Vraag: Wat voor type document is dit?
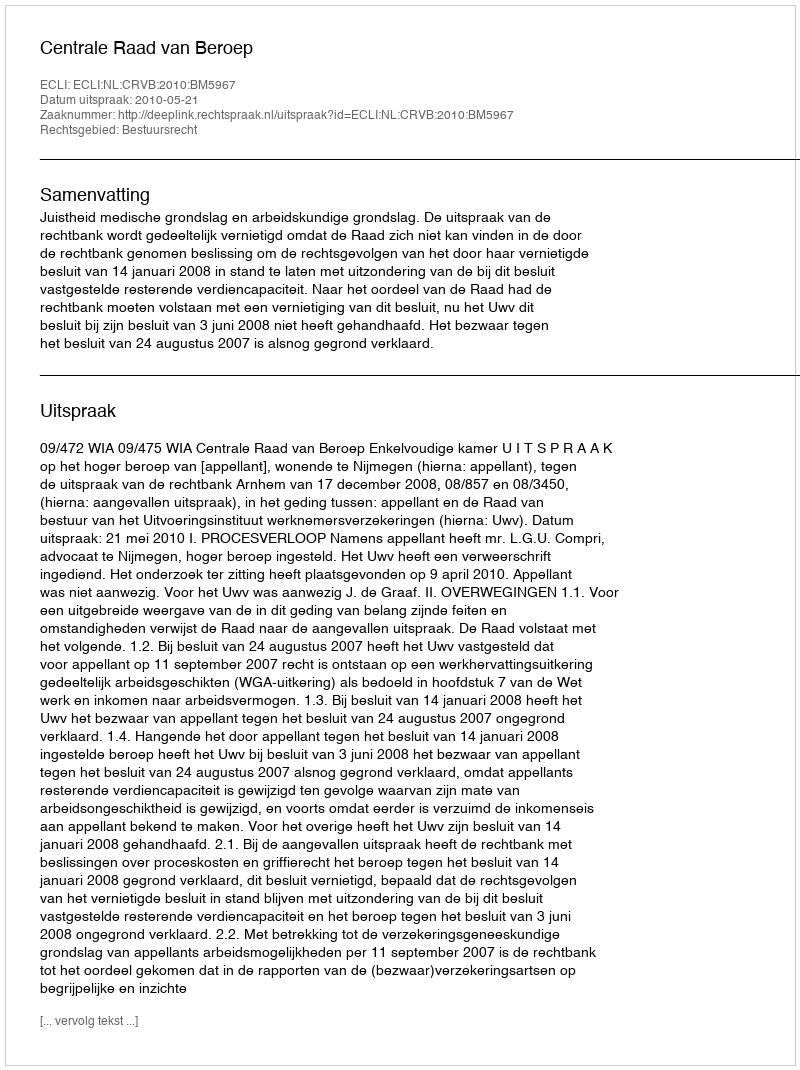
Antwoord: Uitspraak